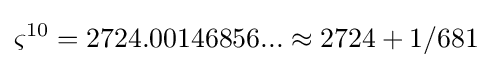
\varsigma ^{10}=2724.00146856...\approx 2724+1/681